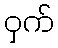
ဝှက်